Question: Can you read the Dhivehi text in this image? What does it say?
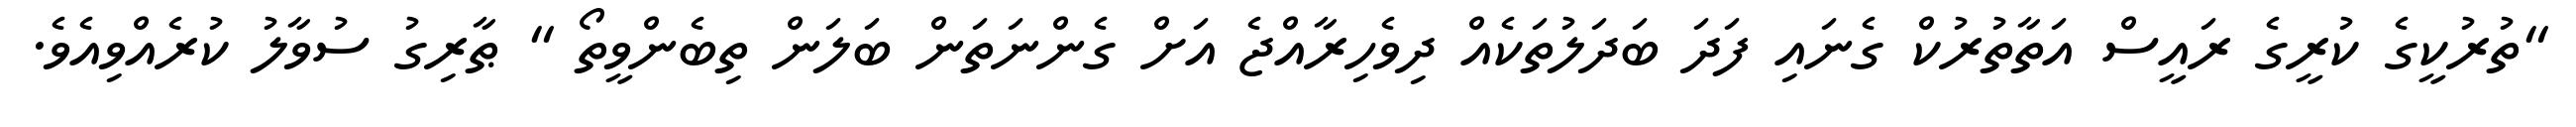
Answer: "ތުރުކީގެ ކުރީގެ ރައީސް އަތާތުރުކް ގެނައި ފަދަ ބަދަލުތަކެއް ދިވެހިރާއްޖެ އަށް ގެންނަތަން ބަލަން ތިބެންވީތޯ " ޠާރިގު ސުވާލު ކުރެއްވިއެވެ.